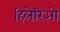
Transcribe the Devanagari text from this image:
हिलेरिओ